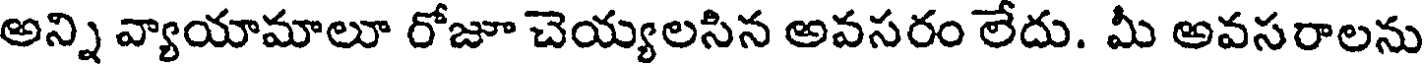
అన్ని వ్యాయామాలూ రోజూ చెయ్యలసిన అవసరం లేదు. మీ అవసరాలను